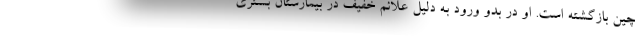
چین بازگشته است. او در بدو ورود به دلیل علائم خفیف در بیمارستان بستری